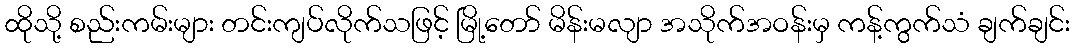
ထိုသို့ စည်းကမ်းများ တင်းကျပ်လိုက်သဖြင့် မြို့တော် မိန်းမလျာ အသိုက်အဝန်းမှ ကန့်ကွက်သံ ချက်ချင်း